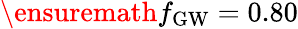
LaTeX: \ensuremath{f_{\mathrm{GW}}}=0.80